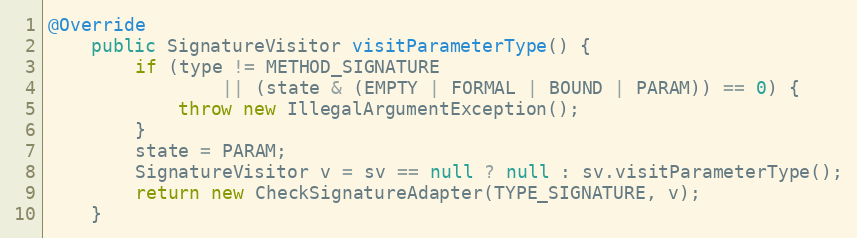
Language: Java
@Override
    public SignatureVisitor visitParameterType() {
        if (type != METHOD_SIGNATURE
                || (state & (EMPTY | FORMAL | BOUND | PARAM)) == 0) {
            throw new IllegalArgumentException();
        }
        state = PARAM;
        SignatureVisitor v = sv == null ? null : sv.visitParameterType();
        return new CheckSignatureAdapter(TYPE_SIGNATURE, v);
    }